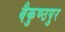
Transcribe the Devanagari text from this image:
बैकुण्ठपुर